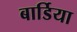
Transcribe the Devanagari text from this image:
बार्डिया